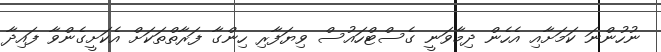
ނުހުންނަ ކަމަށާއި އެހެން ދިމާވަނީ ގެސްޓްހައުސް ވިޔަފާރި ހިންގާ ފަރާތްތަކަށް އެކަށީގެންވާ ފައިދާ